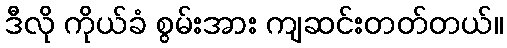
ဒီလို ကိုယ်ခံ စွမ်းအား ကျဆင်းတတ်တယ်။